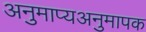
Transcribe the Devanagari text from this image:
अनुमाप्यअनुमापक